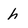
Character: h